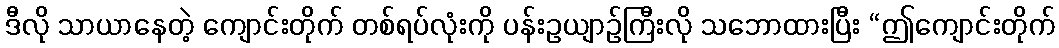
ဒီလို သာယာနေတဲ့ ကျောင်းတိုက် တစ်ရပ်လုံးကို ပန်းဥယျာဉ်ကြီးလို သဘောထားပြီး “ဤကျောင်းတိုက်